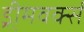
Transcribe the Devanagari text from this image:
ड्री्मवर्क्स